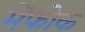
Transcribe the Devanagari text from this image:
मेंफोक